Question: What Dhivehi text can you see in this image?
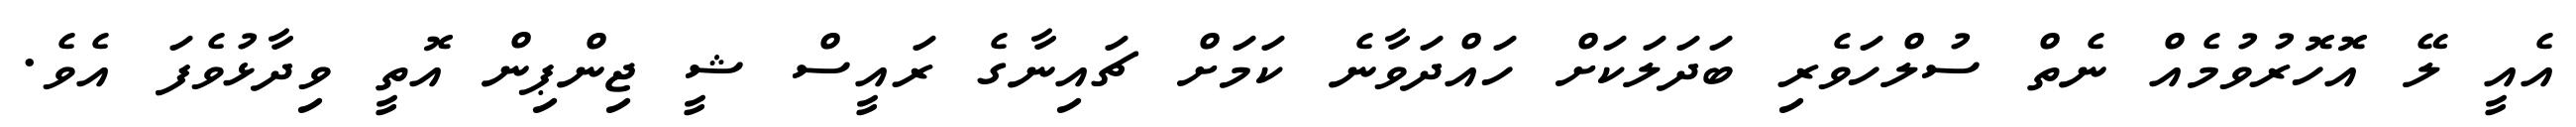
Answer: އެއީ ލޭ އޮހޮރުވުމެއް ނެތް ސުލްހަވެރި ބަދަލަކަށް ހައްދަވާނެ ކަމަށް ޗައިނާގެ ރައީސް ޝީ ޖިންޕިން އޮތީ ވިދާޅުވެފަ އެވެ.